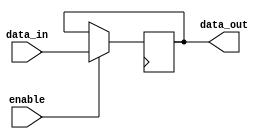
module bypass_register (
  input [3:0] data_in,
  input enable,
  output reg [3:0] data_out
);

always @(posedge clk) begin
  if(enable) begin
    data_out <= data_in;
  end
end

endmodule